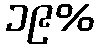
၁၉%